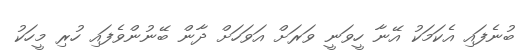
ބުނެފައި އެކަމަކު އޭނާ ހީވަނީ ވަރަށް އަވަހަށް ދާން ބޭނުންވެފައި ހުރި މީހަކު